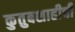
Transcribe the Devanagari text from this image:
कुतुबशाहीची